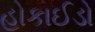
હોકાઈડો